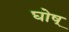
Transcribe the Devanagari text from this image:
घोष्